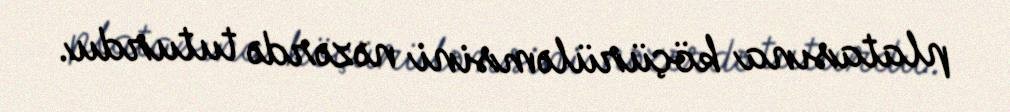
platasına köçürüləmsini nəzərdə tuturdu.